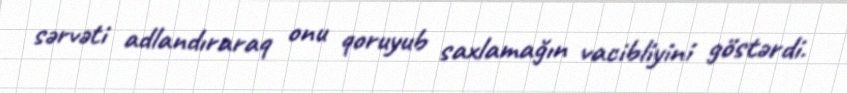
sərvəti adlandıraraq onu qoruyub saxlamağın vacibliyini göstərdi.